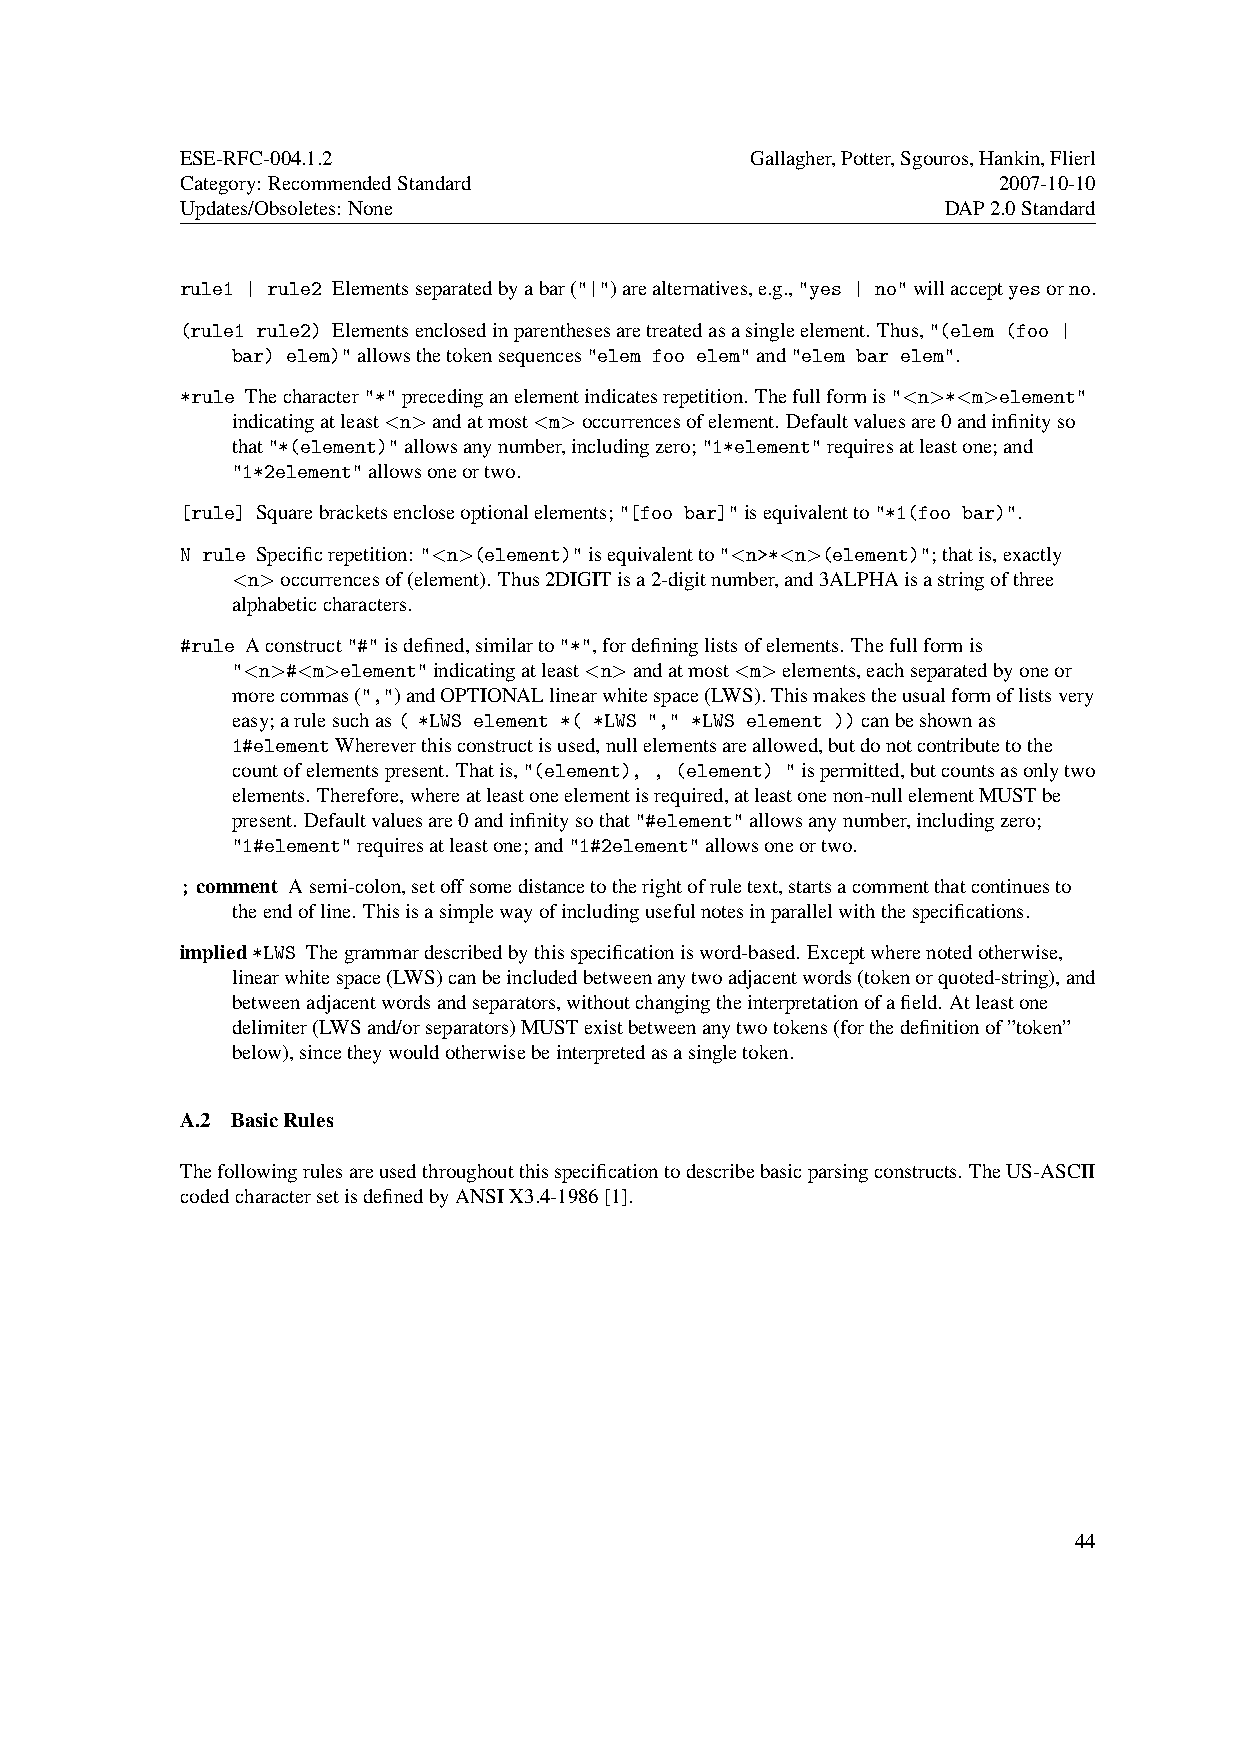
ESE-RFC-004.1.2                       Gallagher,Potter,Sgouros,Hankin,Flierl
 Category: RecommendedStandard                         2007-10-10
 Updates/Obsoletes: None                            DAP2.0Standard
 rule1 | rule2 Elementsseparatedbyabar("|")arealternatives,e.g.,"yes | no"willacceptyesorno.
 (rule1 rule2) Elementsenclosedinparenthesesaretreatedasasingleelement. Thus,"(elem (foo |
 bar) elem)"allowsthetokensequences"elem foo elem"and"elem bar elem".
 *rule Thecharacter"*"precedinganelementindicatesrepetition. Thefullformis"<n>*<m>element"
 indicatingatleast<n>andatmost<m>occurrencesofelement. Defaultvaluesare0andinfinityso
 that"*(element)"allowsanynumber,includingzero;"1*element"requiresatleastone;and
 "1*2element"allowsoneortwo.
 [rule] Squarebracketsencloseoptionalelements;"[foo bar]"isequivalentto"*1(foo bar)".
 N rule Specificrepetition: "<n>(element)"isequivalentto"<n>*<n>(element)";thatis,exactly
 <n>occurrencesof(element). Thus2DIGITisa2-digitnumber,and3ALPHAisastringofthree
 alphabeticcharacters.
 #rule Aconstruct"#"isdefined,similarto"*",fordefininglistsofelements. Thefullformis
 "<n>#<m>element"indicatingatleast<n>andatmost<m>elements,eachseparatedbyoneor
 morecommas(",")andOPTIONALlinearwhitespace(LWS).Thismakestheusualformoflistsvery
 easy;arulesuchas( *LWS element *( *LWS "," *LWS element ))canbeshownas
 1#elementWhereverthisconstructisused,nullelementsareallowed,butdonotcontributetothe
 countofelementspresent. Thatis,"(element), , (element) "ispermitted,butcountsasonlytwo
 elements. Therefore,whereatleastoneelementisrequired,atleastonenon-nullelementMUSTbe
 present. Defaultvaluesare0andinfinitysothat"#element"allowsanynumber,includingzero;
 "1#element"requiresatleastone;and"1#2element"allowsoneortwo.
 ;comment Asemi-colon,setoffsomedistancetotherightofruletext,startsacommentthatcontinuesto
 theendofline. Thisisasimplewayofincludingusefulnotesinparallelwiththespecifications.
 implied*LWS Thegrammardescribedbythisspecificationisword-based. Exceptwherenotedotherwise,
 linearwhitespace(LWS)canbeincludedbetweenanytwoadjacentwords(tokenorquoted-string),and
 betweenadjacentwordsandseparators,withoutchangingtheinterpretationofafield. Atleastone
 delimiter(LWSand/orseparators)MUSTexistbetweenanytwotokens(forthedefinitionof”token”
 below),sincetheywouldotherwisebeinterpretedasasingletoken.
 A.2 BasicRules
 Thefollowingrulesareusedthroughoutthisspecificationtodescribebasicparsingconstructs. TheUS-ASCII
 codedcharactersetisdefinedbyANSIX3.4-1986[1].
 44